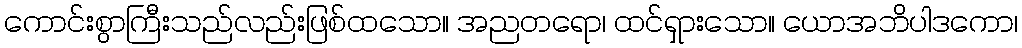
ကောင်းစွာကြီးသည်လည်းဖြစ်ထသော။ အညတရော၊ ထင်ရှားသော။ ယောအဘိပါဒကော၊